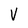
Character: V